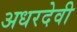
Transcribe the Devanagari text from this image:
अधरदेवी